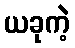
ယခုကဲ့